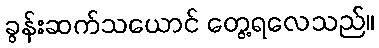
ခွန်းဆက်သယောင် တွေ့ရလေသည်။